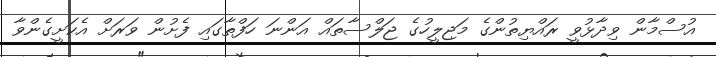
އުސްމާން ވިދާޅުވީ ރައްޔިތުންގެ މަޖިލީހުގެ ޖަލްސާތައް އަންނަ ހަފްތާގައި ފެށުން ވަރަށް އެކަށީގެންވާ